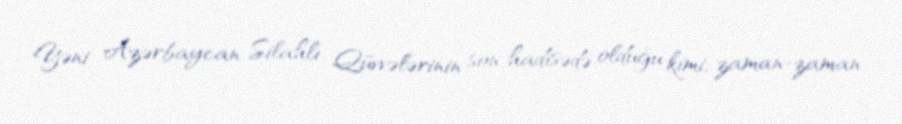
Yəni Azərbaycan Silahlı Qüvvələrinin son hadisədə olduğu kimi, zaman-zaman